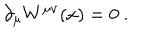
LaTeX: \partial _ { \mu } W ^ { \mu \nu } ( x ) = 0 \ .